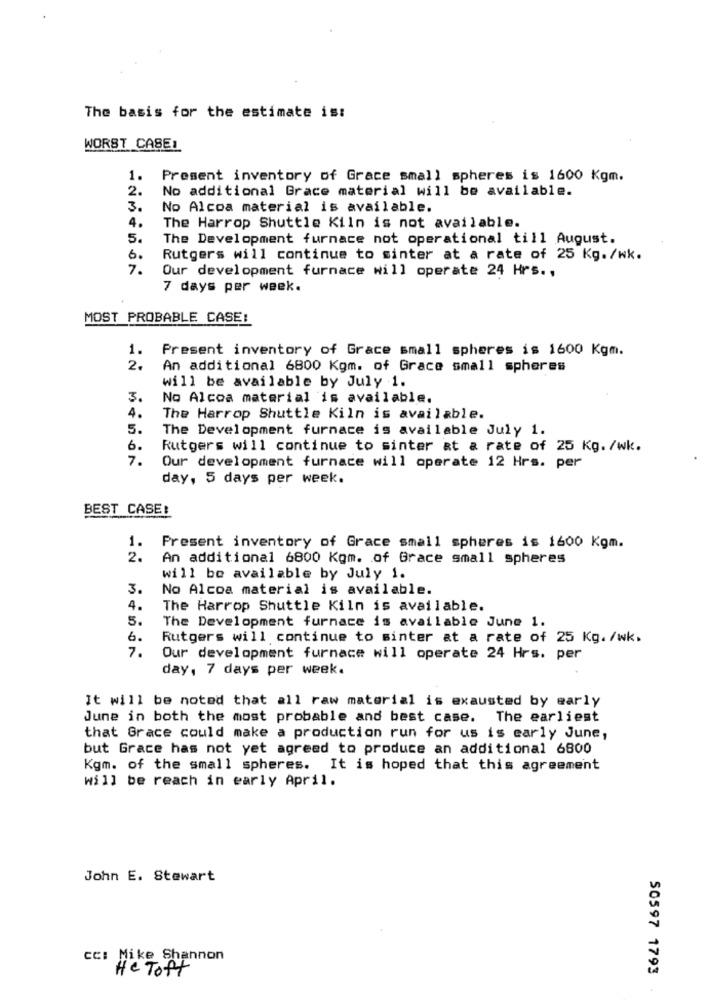
The basis for the estimate is:
WORST CASE:
1.
Present inventory of Grace small spheres is 1600 Kgm.
2.
No additional Grace material will be available.
3.
No Alcoa material is available.
4.
The Harrop Shuttle Kiln is not available.
5.
The Development furnace not operational till August.
6.
Rutgers will continue to sinter at a rate of 25 Kg./wk.
7.
Our development furnace will operate 24 Hrs .,
7 days per week.
MOST PROBABLE CASE:
1.
Present inventory of Grace small spheres is 1600 Kgm.
2.
An additional 6800 Kgm. of Grace small spheres
will be available by July 1.
3.
No Alcoa material is available.
4.
The Harrop Shuttle Kiln is available.
5.
The Development furnace is available July 1.
6.
Rutgers will continue to sinter at a rate of 25 Kg. /wk.
7.
Our development furnace will operate 12 Hrs. per
day, 5 days per week.
BEST CASE:
1. Present inventory of Grace small spheres is 1600 Kgm.
2.
An additional 6800 Kom. of Grace small spheres
will be available by July 1.
3.
No Alcoa material is available.
4.
The Harrop Shuttle Kiln is available.
5.
The Development furnace is available June 1.
6.
Rutgers will continue to sinter at a rate of 25 Kg. /wk.
7.
Our development furnace will operate 24 Hrs. per
day, 7 days per week.
It will be noted that all raw material is exausted by early
June in both the most probable and best case. The earliest
that Grace could make a production run for us is early June,
but Grace has not yet agreed to produce an additional 6800
Kgm. of the small spheres. It is hoped that this agreement
will be reach in early April.
John E. Stewart
cc: Mike Shannon
He Toft
50597 1793